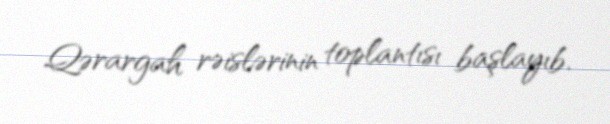
Qərargah rəislərinin toplantısı başlayıb.